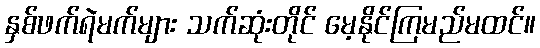
နှစ်ဖက်ရဲမက်များ သက်ဆုံးတိုင် မေ့နိုင်ကြမည်မထင်။